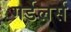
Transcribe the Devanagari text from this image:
गर्डलर्स